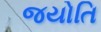
જયોતિ